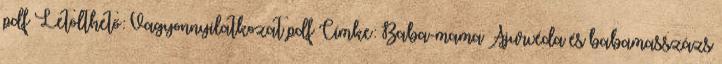
pdf Letölthető: Vagyonnyilatkozat pdf Címke: Baba-mama Ájurvéda és babamasszázs